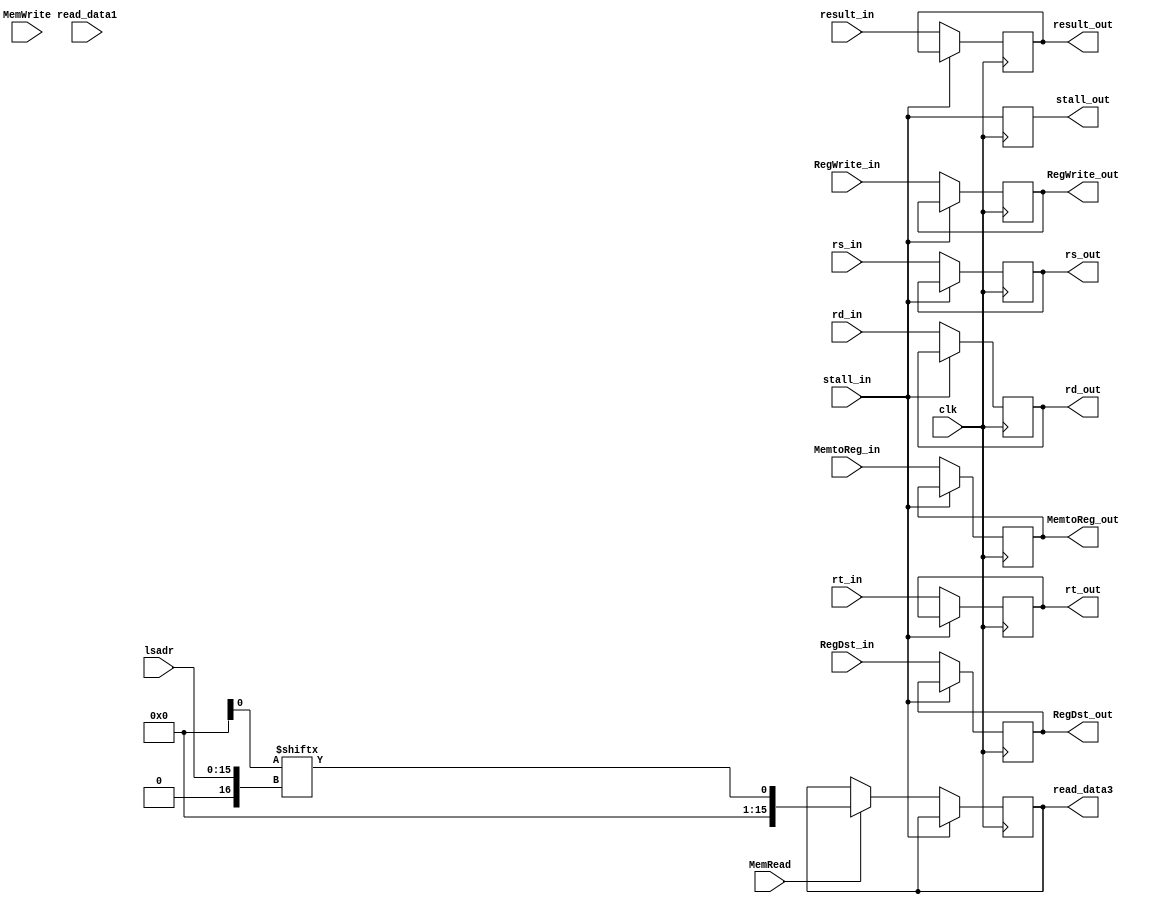
module DataMemory (
    input [3:0] rs_in,
    input [3:0] rt_in,
    input [3:0] rd_in,
    input [31:0] read_data1,
    input MemRead,
    input MemWrite, 
    input [15:0]lsadr,
    input [15:0] result_in, 
    input clk,
    input stall_in, RegDst_in, MemtoReg_in, RegWrite_in,
    output reg stall_out, RegDst_out, MemtoReg_out, RegWrite_out,
    output reg [3:0] rs_out,
    output reg [3:0] rt_out,
    output reg [3:0] rd_out,
    output reg[15:0] result_out,
    output reg[15:0] read_data3
);
    integer lsadr_int;
    always @ (posedge clk) begin
        #2
        if(jump_stall.js==2)
            jump_stall.js=jump_stall.js-1;
        else begin
        stall_out = stall_in;
        if(!stall_in) begin
            RegDst_out = RegDst_in;
            MemtoReg_out = MemtoReg_in;
            RegWrite_out = RegWrite_in;
            rs_out = rs_in;
            rt_out = rt_in;
            rd_out = rd_in;
            result_out = result_in;
            if(MemRead==1)
            begin
                lsadr_int = lsadr;
                read_data3 = Memory.Data[lsadr_int];
            end
            else if(MemWrite==1)
            begin
                lsadr_int = lsadr;
                Memory.Data[lsadr_int] = read_data1;
            end
        end
        end
    end 
endmodule